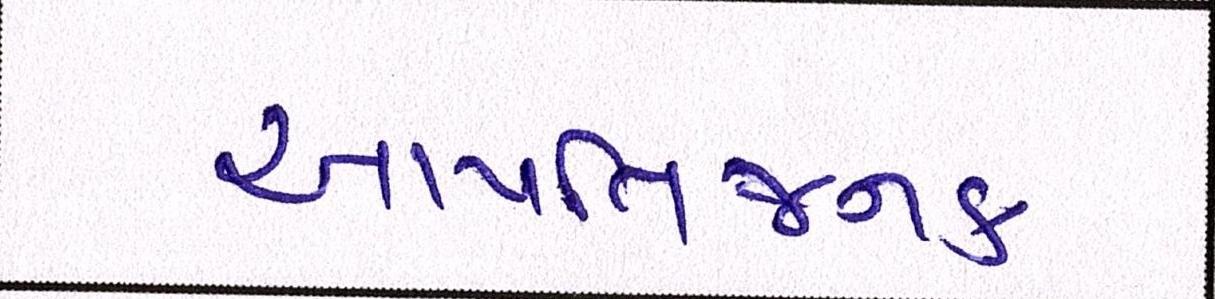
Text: આપત્તિજનક